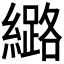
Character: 𫄉